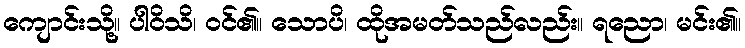
ကျောင်းသို့။ ပါဝိသိ၊ ဝင်၏။ သောပိ၊ ထိုအမတ်သည်လည်း။ ရညော၊ မင်း၏။